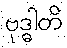
ဗုဒ္ဓါတိ